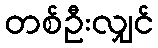
တစ်ဦးလျှင်